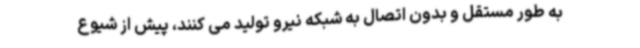
به طور مستقل و بدون اتصال به شبکه نیرو تولید می کنند، پیش از شیوع